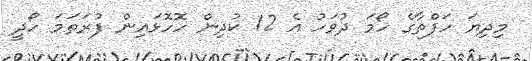
މިދިޔަ ހަފްތާގެ ހޯމަ ދުވަހު އެ 12 ކުދިން ހޮހޮޅައިން ފުރަތަމަ ހޯދީ